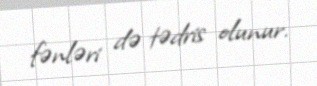
fənləri də tədris olunur.